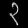
Digit: ၃